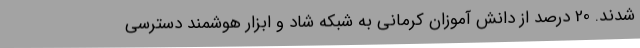
شدند. 20 درصد از دانش آموزان کرمانی به شبکه شاد و ابزار هوشمند دسترسی